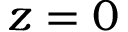
z = 0